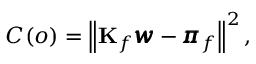
C ( o ) = \left\| \mathbf { K } _ { f } \pmb { w } - \pmb { \pi } _ { f } \right\| ^ { 2 } ,